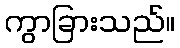
ကွာခြားသည်။